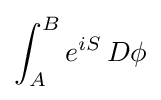
\int _{A}^{B}e^{iS}\,D\phi